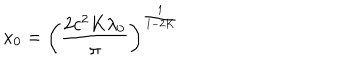
LaTeX: x _ { 0 } = \left( \frac { 2 c ^ { 2 } K \lambda _ { 0 } } { \pi } \right) ^ { \frac { 1 } { 1 - 2 K } }